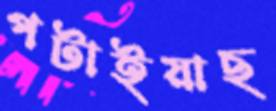
পটাইয়াছ